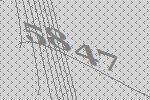
5847